Vaccination in Bombay 1924-1928 - 1924-1928
Year: 1924
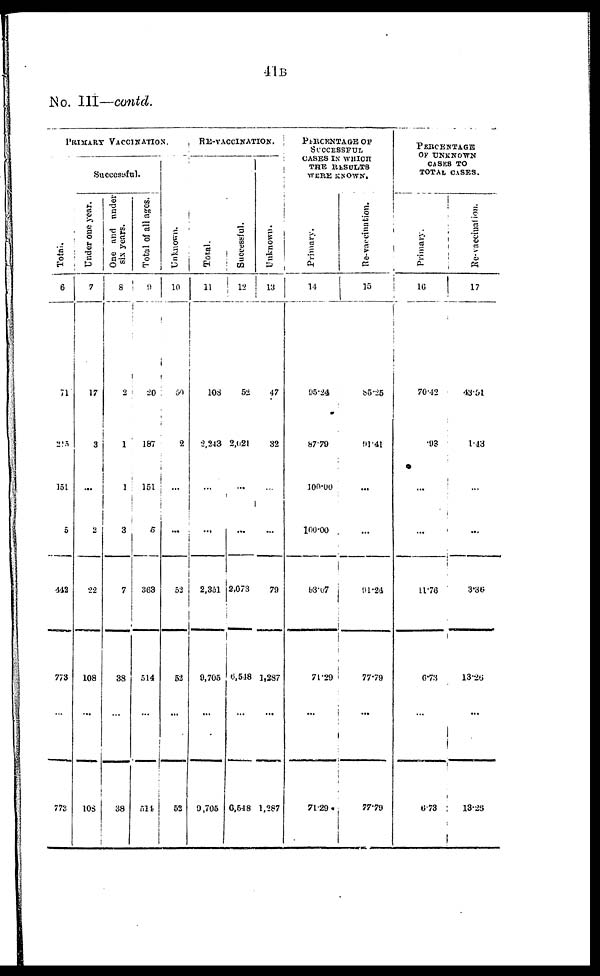
41B
No. III—contd.
PRIMARY VACCINATION.
Total.
6
71
215
151
5
442
773
...
773
Succcsuful.
Under one year.
7
17
3
...
2
22
108
...
108
One and under
six years.
Total of all ages.
8
2
1
1
3
7
38
...
38
9
20
187
151
5
363
514
...
514
Unknovrn.
10
50
2
...
...
52
52
...
52
RE-VACCINATION.
Total.
11
108
2,343
...
...
2,351
9,705
...
9,705
Successful.
12
52
2,021
...
...
2,073
6,548
...
6,548
Unknown.
13
47
32
...
...
79
1,287
...
1,287
PERCENTAGE OF
SUCCESSFUL
CASES IN WHICH
THE RESULTS
WERE KNOWN.
Primary.
14
95.24
87.79
100.00
100.00
93.07
71.29
...
71.29
Re-vaccination.
15
85.25
91.41
...
...
91.24
77.79
...
77.79
PERCENATGE
OF UNKNOWN
CASES TO
TOTAL CASES.
Primary.
16
70.12
.93
...
...
11.76
6.73
...
6.73
Re-vaccination.
17
43.51
1.43
...
...
3.36
13.26
...
13.26